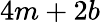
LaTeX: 4m+2b